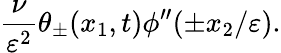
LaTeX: \frac{\nu}{\varepsilon^{2}}\theta_{\pm}(x_{1},t)\phi^{\prime\prime}(\pm x_{2}/\varepsilon).